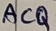
Text: ACQ